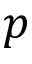
p